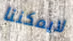
لايمكننا